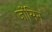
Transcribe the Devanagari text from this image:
जोंसिन